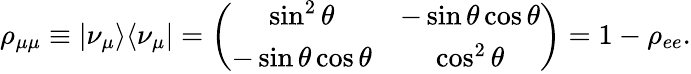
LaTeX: \rho_{\mu\mu}\equiv\vert\nu_{\mu}\rangle\langle\nu_{\mu}\vert=\left(\begin{array}{cc}{{\sin^{2}\theta}}&{{-\sin\theta\cos\theta}}\\ {{-\sin\theta\cos\theta}}&{{\cos^{2}\theta}}\end{array}\right)=1-\rho_{ee}.